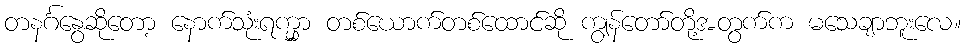
တနင်္ဂနွေဆိုတော့ နောက်သုံးရက္မှာ တစ်ယောက်တစ်ထောင်ဆို ကျွန်တော်တို့အတွက်က မသေချာဘူးလေ။